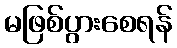
မဖြစ်ပွားစေရန်